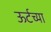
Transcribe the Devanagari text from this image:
ऊर्टच्या